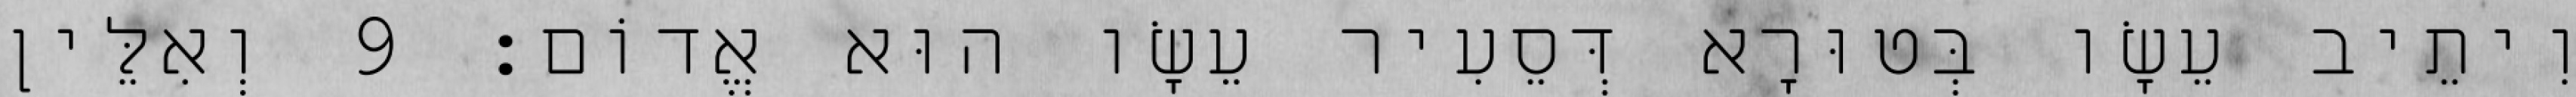
וִיתֵיב עֵשָׂו בְּטוּרָא דְּסֵעִיר עֵשָׂו הוּא אֱדוֹם׃ 9 וְאִלֵּין